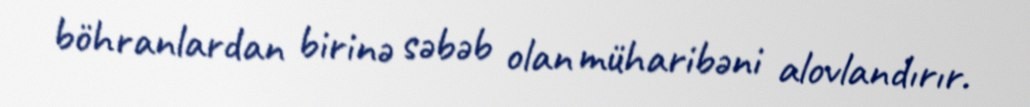
böhranlardan birinə səbəb olan müharibəni alovlandırır.